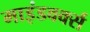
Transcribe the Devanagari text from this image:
माइंडवर्क्स